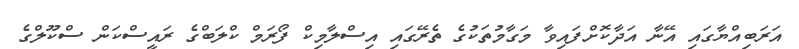
އަރަބިއްޔާގައި އޭނާ އަދާކޮށްފައިވާ މަގާމުތަކުގެ ތެރޭގައި އިސްލާމިކް ފޯރަމް ކްލަބްގެ ރައީސްކަން ސްކޫލްގެ